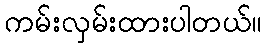
ကမ်းလှမ်းထားပါတယ်။